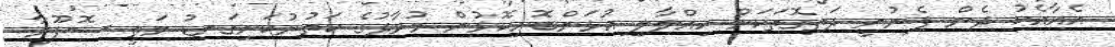
އެއާއެކު ދެން ފެނުނީ ދަތިގޮތަކަށް ހިއްލާލި އުޅަންބޮށިކޮޅުން މުރާދުގެ ކަތުރުކަށިގަނޑު މަތީ ސޮފޫރާ